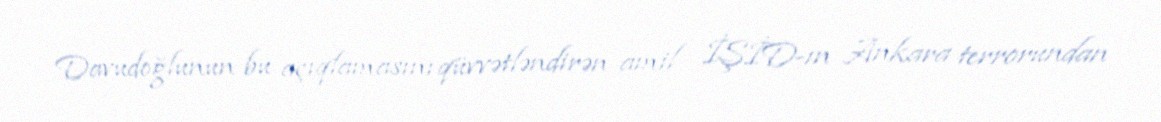
Davudoğlunun bu açıqlamasını qüvvətləndirən amil İŞİD-ın Ankara terrorundan